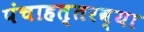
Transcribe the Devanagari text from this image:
पंचाहत्तरव्या